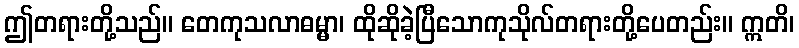
ဤတရားတို့သည်။ တေကုသလာဓမ္မာ၊ ထိုဆိုခဲ့ပြီသောကုသိုလ်တရားတို့ပေတည်း။ ဣတိ၊